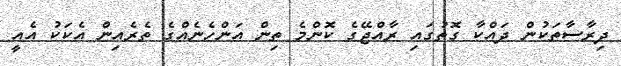
ދިރާސާތަކުން ދައްކާ ގޮތުގައި ރާއްޖޭގެ ކޮންމެ ތިން އަންހެނެއްގެ ތެރެއިން އެކަކު އެއީ